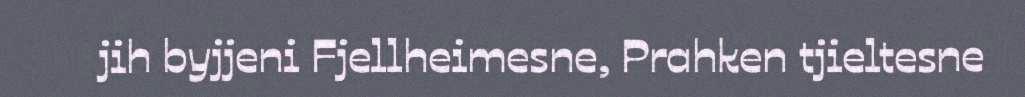
jih byjjeni Fjellheimesne, Prahken tjieltesne